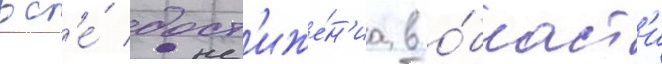
вс'е́ дост'иже́н'иа в о́бласт'и